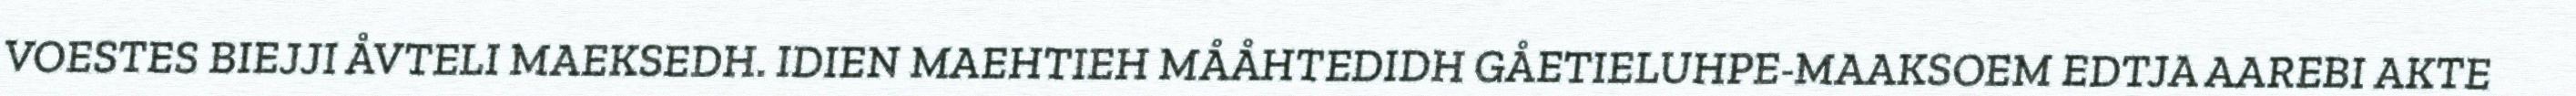
VOESTES BIEJJI ÅVTELI MAEKSEDH. IDIEN MAEHTIEH MÅÅHTEDIDH GÅETIELUHPE-MAAKSOEM EDTJA AAREBI AKTE